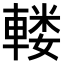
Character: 𨍦